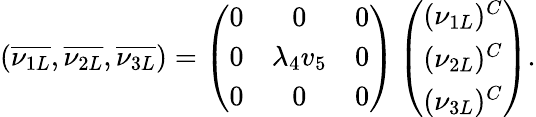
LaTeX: (\overline{{{\nu_{1L}}}},\overline{{{\nu_{2L}}}},\overline{{{\nu_{3L}}}})=\left(\begin{array}{ccc}{{0}}&{{0}}&{{0}}\\ {{0}}&{{\lambda_{4}v_{5}}}&{{0}}\\ {{0}}&{{0}}&{{0}}\end{array}\right)\left(\begin{array}{c}{{(\nu_{1L})^{C}}}\\ {{(\nu_{2L})^{C}}}\\ {{(\nu_{3L})^{C}}}\end{array}\right).